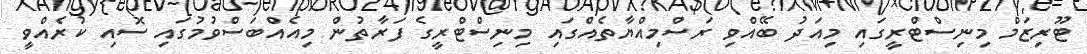
ޓޫރިޒަމް މިނިސްޓްރީގައި މިއަދު ބޭއްވި ރަސްމިއްޔާތެއްގައި މިނިސްޓްރީގެ ފަރާތުން މިއެއްބަސްވުމުގައި ސޮއި ކުރެއްވީ